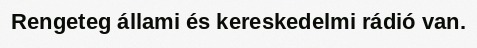
Rengeteg állami és kereskedelmi rádió van.